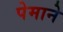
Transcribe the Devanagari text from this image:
पेमाने